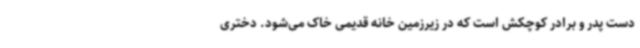
دست پدر و برادر کوچکش است که در زیرزمین خانه قدیمی خاک می‌شود. دختری